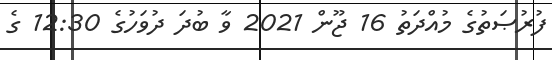
ފުރުޞަތުގެ މުއްދަތު 16 ޖޫން 2021 ވާ ބުދަ ދުވަހުގެ 12:30 ގެ